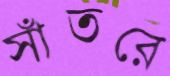
সাঁতরে